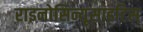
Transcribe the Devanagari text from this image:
राइनोसिन्यूसाइटिस